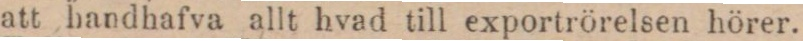
att handhafva allt hvad till exportrörelsen hörer.